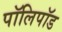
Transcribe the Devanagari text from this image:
पॉलिपॉड